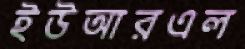
ইউআরএল